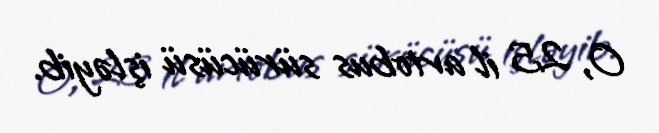
O, 25 il avtobus sürücüsü işləyib.